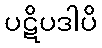
ပဋိပဒါပိ